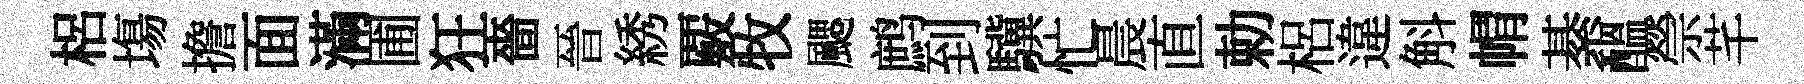
梠塲擔面滿圃狂嗇晉綉覈牧颸鹧到驥忙晨直勅梠違斛㡌綦醖禜芊